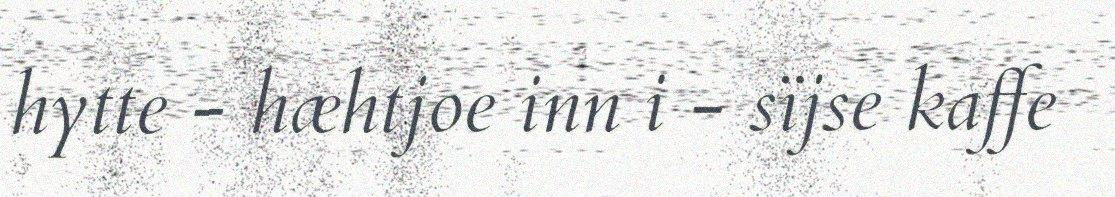
hytte - hæhtjoe inn i - sïjse kaffe